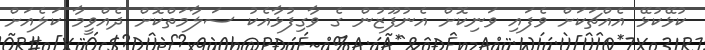
ކުޅޭކުޅޭ އެއްޗަކަށް ވެފައި ވަނިކޮށް އެނުފޫޒުން ގެ ވާގިފުޅާއެކު ސަލާމަތްކޮށް ދެއްވީމާ ކަލެއަށް